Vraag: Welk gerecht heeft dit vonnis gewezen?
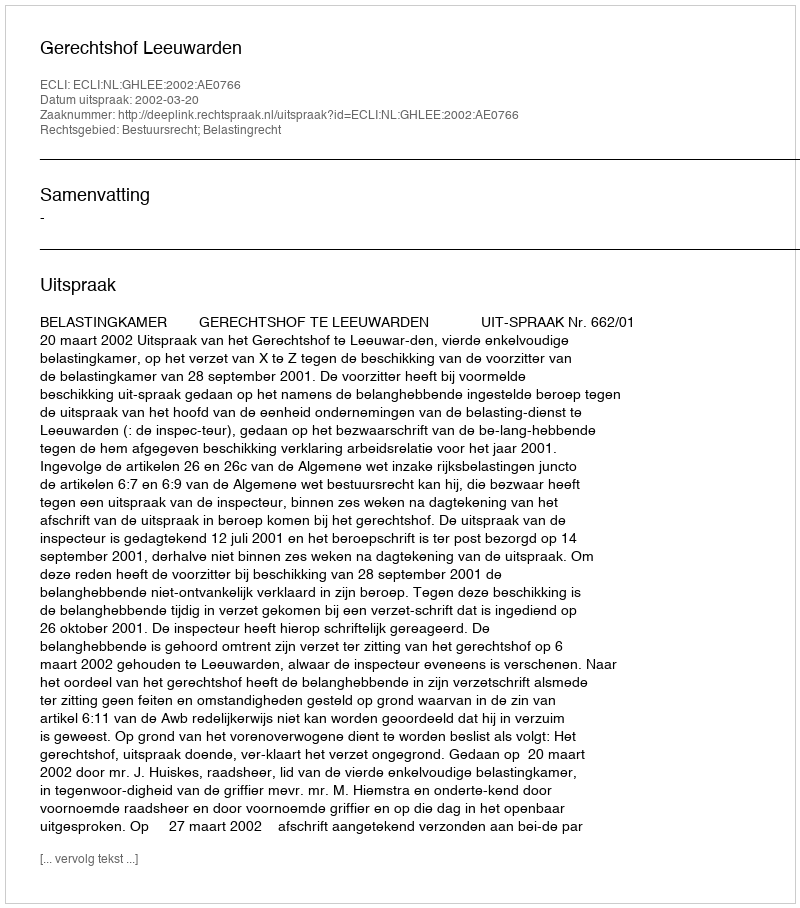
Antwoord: Gerechtshof Leeuwarden